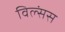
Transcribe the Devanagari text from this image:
विल्संस